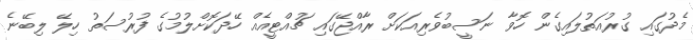
މެދުގައި ގުރުއަތުލައިގެން ހޮވާ ނަސީބުވެރިއަކަށް ރާއްޖޭގައި ޗުއްޓީއެއް ހޭދަކޮށްލުމުގެ ފުރުސަތު ހިލޭ ލިބޭނެ